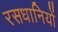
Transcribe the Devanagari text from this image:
रसधानियों